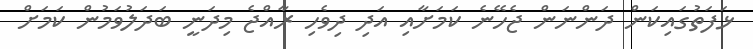
ޅަފަތުގައިކަން ދަންނަން ޖެހޭނެ ކަަމަށާއި އަދި ދިވެހި ރާއްޖެ މިދަނީ ބަދަލުވަމުން ކަމަށް